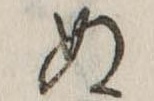
ぬ